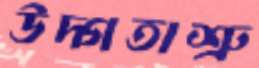
উদ্গতাশ্রু